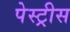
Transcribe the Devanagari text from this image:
पेस्ट्रीस